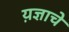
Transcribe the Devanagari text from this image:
य़ज्ञाचे